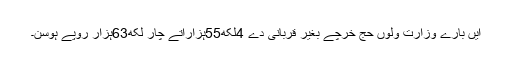
ایں بارے وزارت ولوں حج خرچے بغیر قربانی دے 4لکھ55ہزاراتے چار لکھ63ہزار روپے ہوسن۔